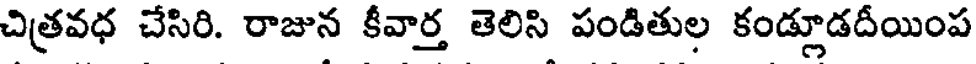
చిత్రవధ చేసిరి. రాజున కీవార్త తెలిసి పండితుల కండ్లూడదీయింప